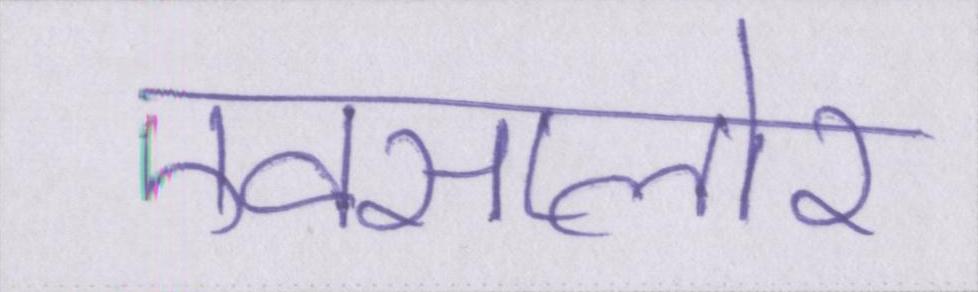
एक्सप्लोर